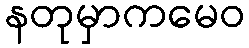
နတုမှာကမေဝ